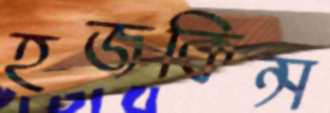
হজকিন্স